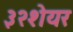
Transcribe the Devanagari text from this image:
३२शेयर